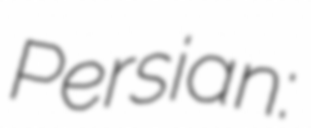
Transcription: Persian: